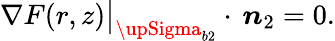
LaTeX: \nabla F(r,z)\big|_{{\upSigma}_{b2}}\cdot\, \boldsymbol{n}_{2}=0.